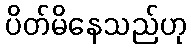
ပိတ်မိနေသည်ဟု